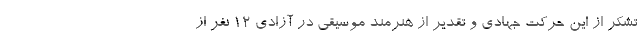
تشکر از این حرکت جهادی و تقدیر از هنرمند موسیقی در آزادی ۱۲ نفر از